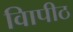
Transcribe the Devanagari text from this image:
विापीठ